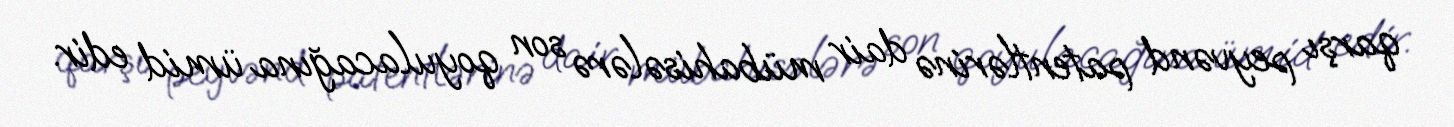
qarşı peyvənd patentlərinə dair mübahisələrə son qoyulacağına ümid edir.